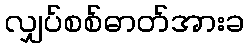
လျှပ်စစ်ဓာတ်အားခ